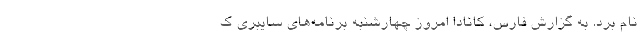
نام برد. به گزارش فارس، کانادا امروز چهارشنبه برنامه‌های سایبری ک